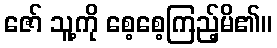
ဇော် သူ့ကို စေ့စေ့ကြည့်မိ၏။